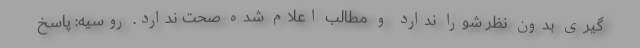
گیری بدون نظر شورا ندارد و مطالب اعلام شده صحت ندارد. روسیه: پاسخ